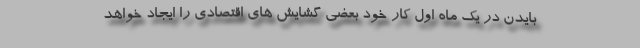
بایدن در یک ماه اول کار خود بعضی گشایش های اقتصادی را ایجاد خواهد